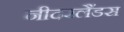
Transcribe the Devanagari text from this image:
नीदरलैंडस